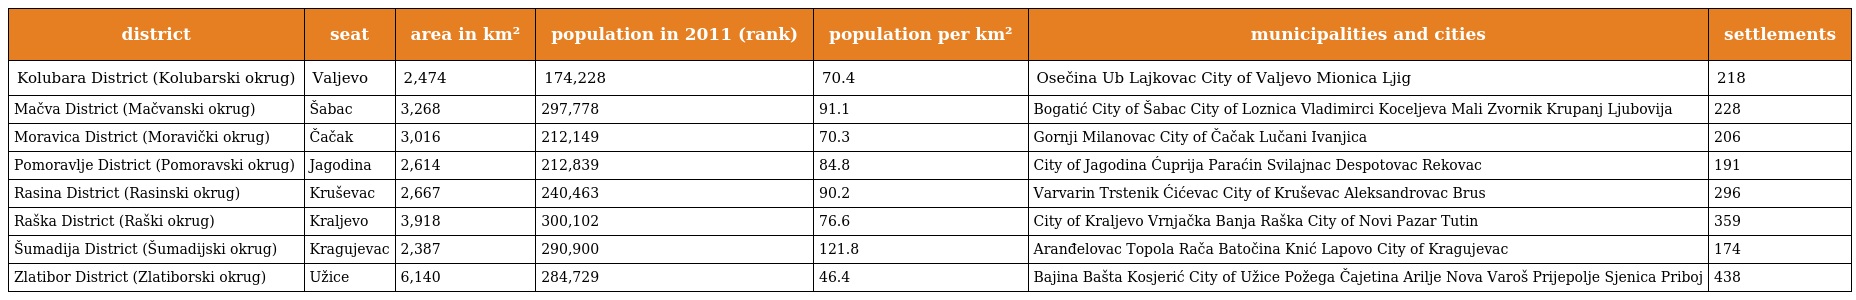
| district | seat | area in km² | population in 2011 (rank) | population per km² | municipalities and cities | settlements |
 | --- | --- | --- | --- | --- | --- | --- |
 | Kolubara District (Kolubarski okrug) | Valjevo | 2,474 | 174,228 | 70.4 | Osečina Ub Lajkovac City of Valjevo Mionica Ljig | 218 |
 | Mačva District (Mačvanski okrug) | Šabac | 3,268 | 297,778 | 91.1 | Bogatić City of Šabac City of Loznica Vladimirci Koceljeva Mali Zvornik Krupanj Ljubovija | 228 |
 | Moravica District (Moravički okrug) | Čačak | 3,016 | 212,149 | 70.3 | Gornji Milanovac City of Čačak Lučani Ivanjica | 206 |
 | Pomoravlje District (Pomoravski okrug) | Jagodina | 2,614 | 212,839 | 84.8 | City of Jagodina Ćuprija Paraćin Svilajnac Despotovac Rekovac | 191 |
 | Rasina District (Rasinski okrug) | Kruševac | 2,667 | 240,463 | 90.2 | Varvarin Trstenik Ćićevac City of Kruševac Aleksandrovac Brus | 296 |
 | Raška District (Raški okrug) | Kraljevo | 3,918 | 300,102 | 76.6 | City of Kraljevo Vrnjačka Banja Raška City of Novi Pazar Tutin | 359 |
 | Šumadija District (Šumadijski okrug) | Kragujevac | 2,387 | 290,900 | 121.8 | Aranđelovac Topola Rača Batočina Knić Lapovo City of Kragujevac | 174 |
 | Zlatibor District (Zlatiborski okrug) | Užice | 6,140 | 284,729 | 46.4 | Bajina Bašta Kosjerić City of Užice Požega Čajetina Arilje Nova Varoš Prijepolje Sjenica Priboj | 438 |